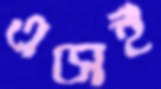
এসেই